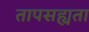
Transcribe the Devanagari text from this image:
तापसह्यता